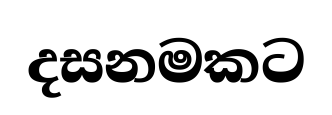
දසනමකට